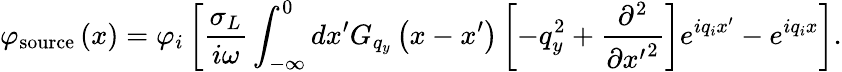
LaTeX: {{\varphi}_{\mathrm{source}}}\left(x\right)={{\varphi}_{i}}\left[\frac{{{\sigma}_{L}}}{i\omega}\int_{-\infty}^{0}{d{x}^{\prime}{{G}_{{{q}_{y}}}}\left(x-{x}^{\prime}\right)\left[-q_{y}^{2}+\frac{{{\partial}^{2}}}{\partial{{{{x}^{\prime}}}^{2}}}\right]{{e}^{i{{q}_{i}}{x}^{\prime}}}}-{{e}^{i{{q}_{i}}x}}\right].